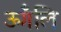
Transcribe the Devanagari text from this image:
ऊँगलि